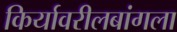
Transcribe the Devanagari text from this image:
किर्यावरीलबांगला